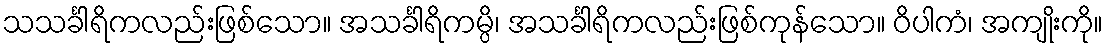
သသင်္ခါရိကလည်းဖြစ်သော။ အသင်္ခါရိကမ္ပိ၊ အသင်္ခါရိကလည်းဖြစ်ကုန်သော။ ဝိပါကံ၊ အကျိုးကို။